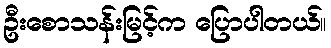
ဦးစောသန်းမြင့်က ပြောပါတယ်။